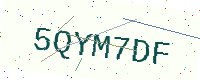
Text: 5QYM7DF